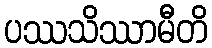
ပဿသိဿာမီတိ